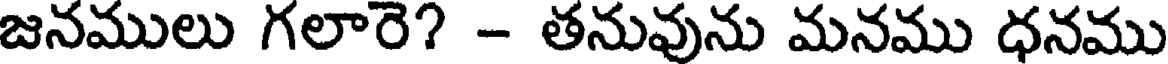
జనములు గలారె? - తనువును మనము ధనము